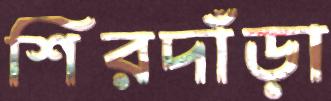
শিরদাঁড়া